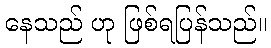
နေသည် ဟု ဖြစ်ရပြန်သည်။